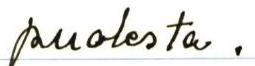
puolesta.